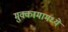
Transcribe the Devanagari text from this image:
मुक्कामामध्ये